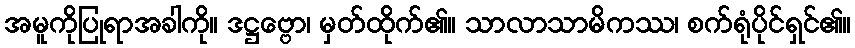
အမူကိုပြုရာအခါကို။ ဒဋ္ဌဗ္ဗော၊ မှတ်ထိုက်၏။ သာလာသာမိကဿ၊ စက်ရုံပိုင်ရှင်၏။